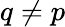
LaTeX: q\ne p